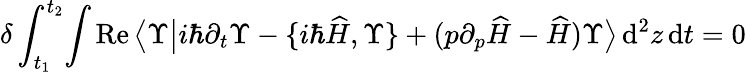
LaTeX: \delta\int_{t_{1}}^{t_{2}}\! \int\operatorname{Re}\big\langle\Upsilon\big|i\hbar\partial_{t}\Upsilon-\{ i\hbar\widehat{H},\Upsilon\} +(p\partial_{p}\widehat{H}-\widehat{H})\Upsilon\big\rangle\, \mathrm{d}^{2}z\, \mathrm{d}t=0